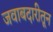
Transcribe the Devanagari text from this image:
जवाबदारीतून